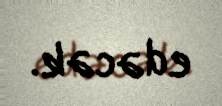
edəcək.